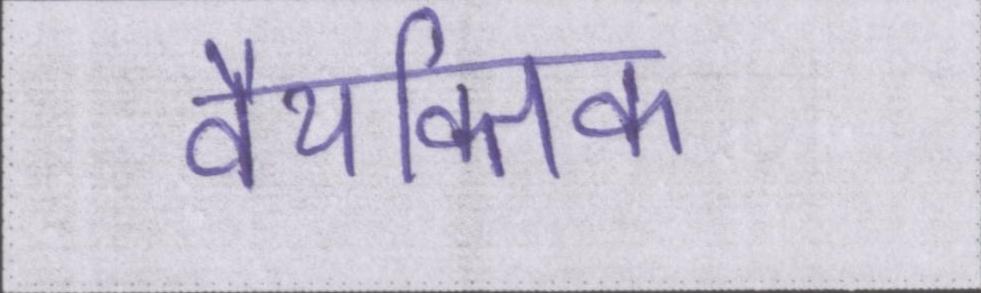
वैयक्तिक